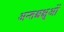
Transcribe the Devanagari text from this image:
अन्तश्चक्षुओं